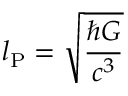
l _ { \mathrm { P } } = { \sqrt { \frac { \hbar G } { c ^ { 3 } } } }